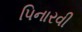
પિનારવી